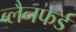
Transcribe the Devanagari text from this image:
ब्लैनफर्ड